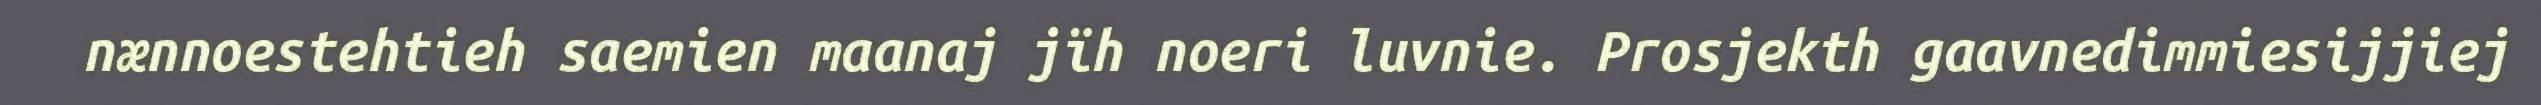
nænnoestehtieh saemien maanaj jïh noeri luvnie. Prosjekth gaavnedimmiesijjiej